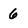
Character: 6